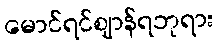
မောင်ရင်ဈာန်ရဘုရား